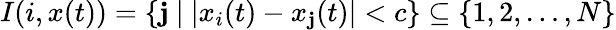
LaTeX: I(i,x(t))=\left\{ \mathbf{j}\ |\ |x_{i}(t)-x_{\mathbf{j}}(t)|<c\right\} \subseteq\left\{ 1,2,\ldots,N\right\}